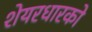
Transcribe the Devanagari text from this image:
शेयरधारको